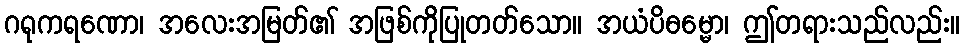
ဂရုကရဏော၊ အလေးအမြတ်၏ အဖြစ်ကိုပြုတတ်သော။ အယံပိဓမ္မော၊ ဤတရားသည်လည်း။